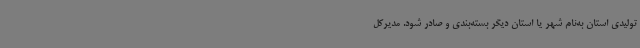
تولیدی استان به‌نام شهر یا استان دیگر بسته‌بندی و صادر شود. مدیرکل